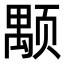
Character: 颙